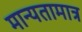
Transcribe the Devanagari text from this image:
मान्यतामात्र